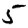
Digit: 5